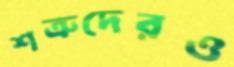
শত্রুদেরও